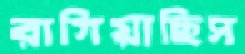
রাগিয়াছিস